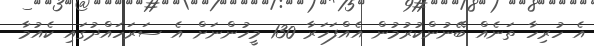
އެ ހުރިހާ ތަނެއް ބޭނުންކުރުމުން އެއްފަހަރާ 130 މީހުންނަށް އެ ސަރަހައްދުގައި ކެއުމާ